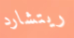
ريتشارد